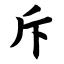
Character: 斥